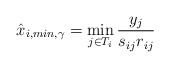
\begin{align*}\hat{x}_{i,min,\gamma} = \min_{j\in T_i} \frac{y_j}{s_{ij}r_{ij}}\end{align*}